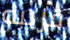
قريبه